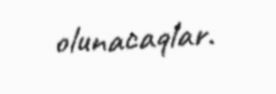
olunacaqlar.